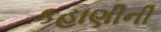
કહાણીની